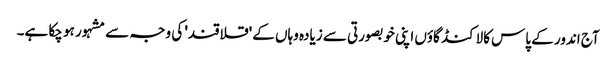
آج اندور کے پاس کالاکنڈ گاؤں اپنی خوبصورتی سے زیادہ وہاں کے 'قلاقند' کی وجہ سے مشہور ہو چکا ہے۔